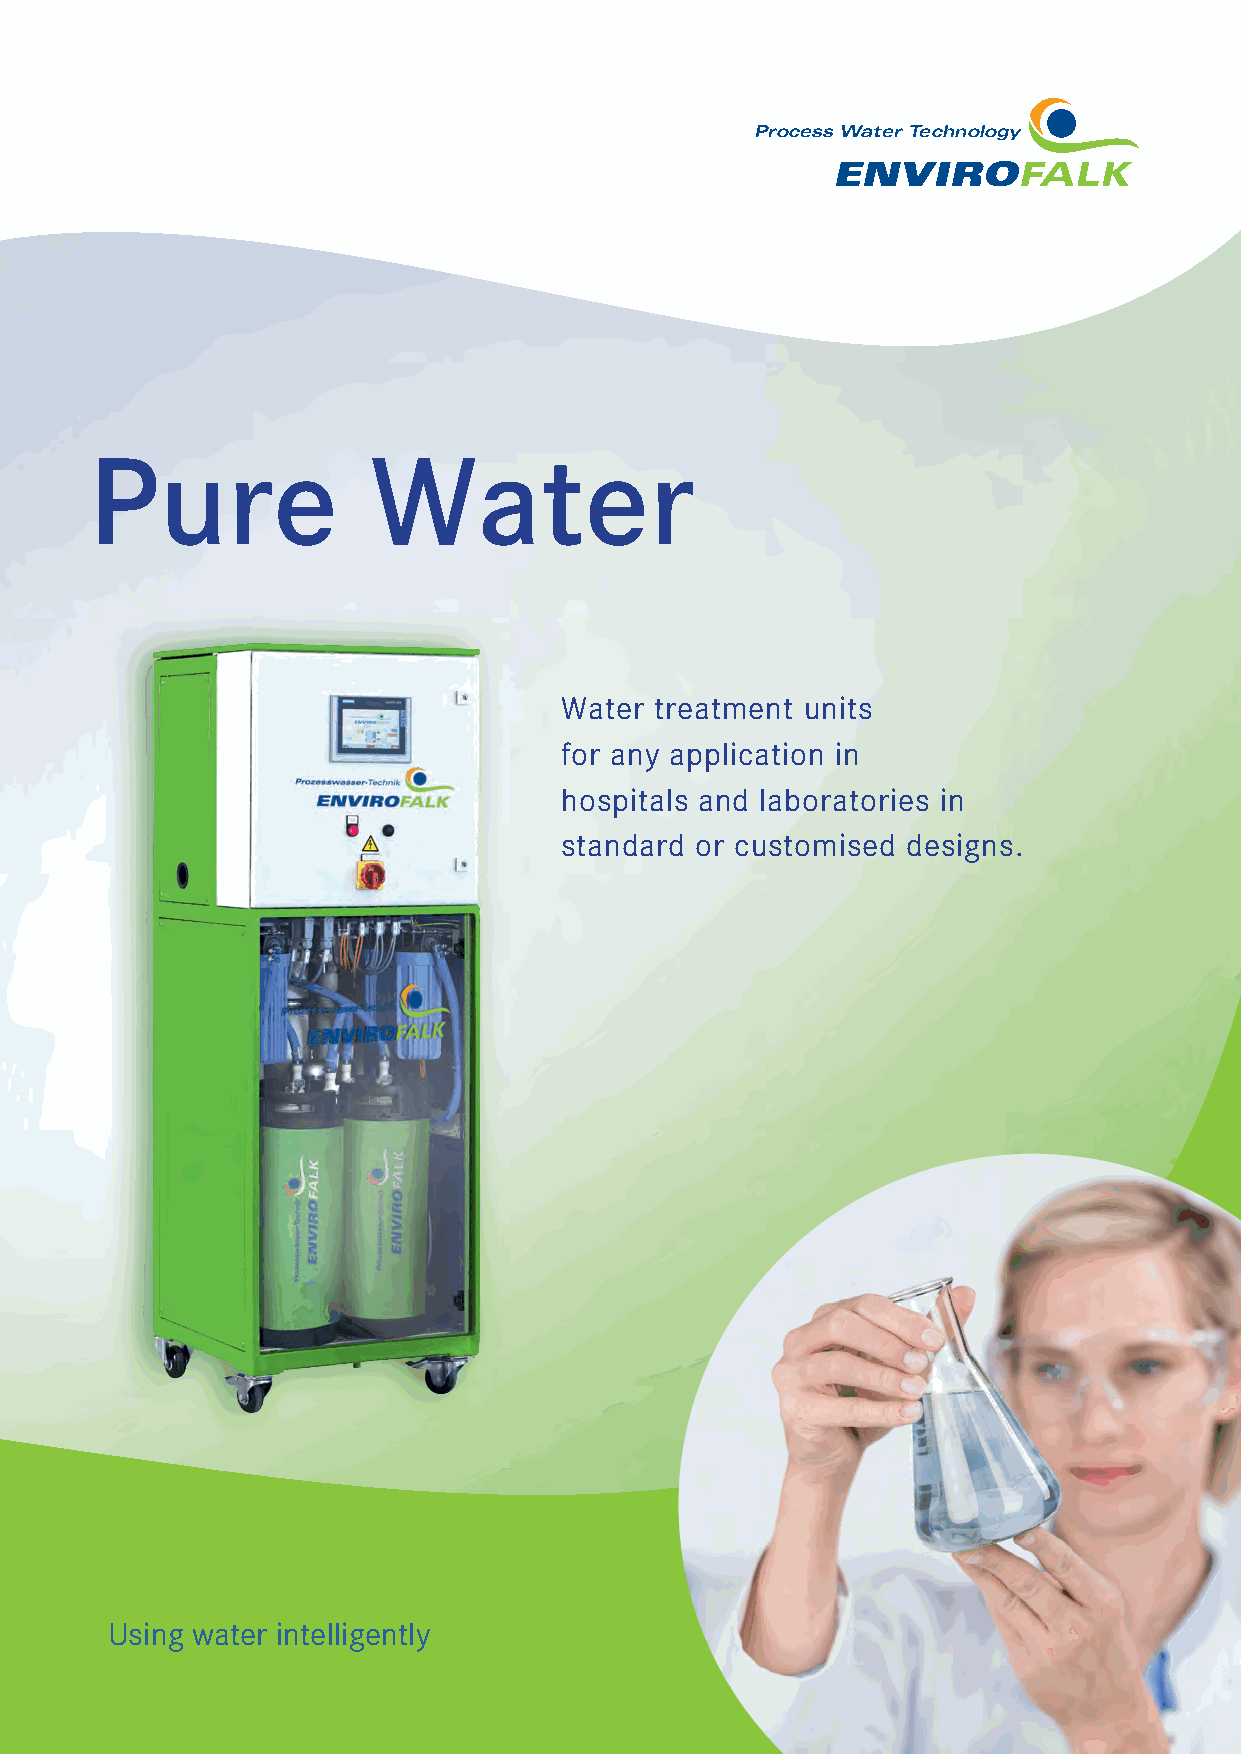
Process Water Technology
 Pure              Water
 Water treatment units
 for any application in
 hospitals and laboratories in
 standard or customised designs.
 Using water intelligently